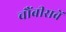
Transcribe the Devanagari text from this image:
चौंबीसवें